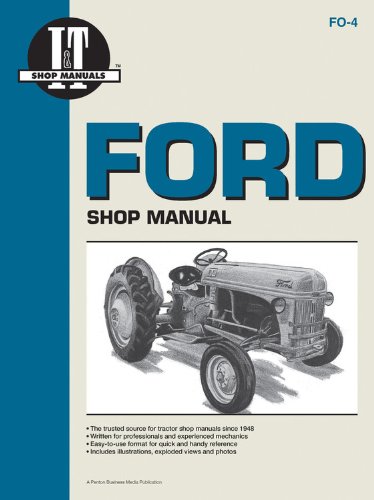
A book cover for Ford Shop Manual Series 2N 8N & 9N; IT Shop Service; Engineering & Transportation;